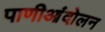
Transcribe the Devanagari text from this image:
पाणीआंदोलन